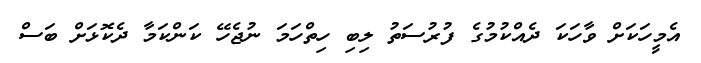
އެމީހަކަށް ވާހަކަ ދެއްކުމުގެ ފުރުސަތު ލިބި ހިތްހަމަ ނުޖެހޭ ކަންކަމާ ދެކޮޅަށް ބަސް